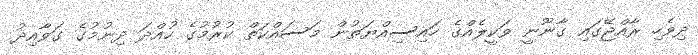
ދިވެހި ރާއްޖޭގައި ގާނޫނީ ވަކީލެއްގެ ހައިސިއްޔަތުން މަސައްކަތް ކުރުމުގެ ހުއްދަ ދިނުމުގެ ގަވާއިދު